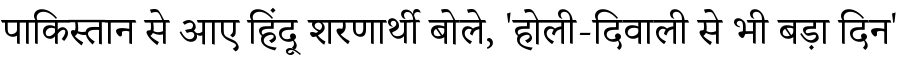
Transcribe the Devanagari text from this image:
पाकिस्तान से आए हिंदू शरणार्थी बोले, 'होली-दिवाली से भी बड़ा दिन'